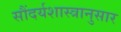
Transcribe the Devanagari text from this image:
सौंदर्यशास्त्रानुसार